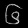
Digit: ၆